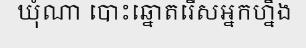
ឃុំណា បោះឆ្នោតរើសអ្នកហ្នឹង